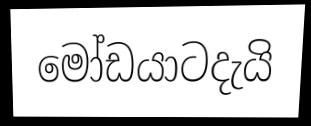
මෝඩයාටදැයි